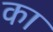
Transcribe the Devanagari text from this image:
का